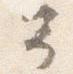
予